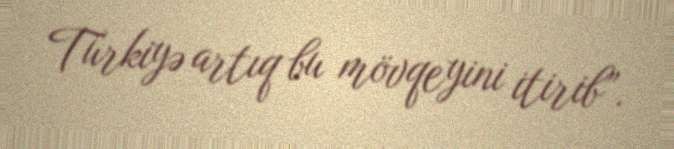
Türkiyə artıq bu mövqeyini itirib”.